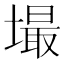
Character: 𱗸